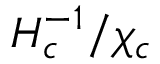
{ H _ { c } ^ { - 1 } } / { \chi _ { c } }